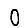
Digit: 0